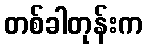
တစ်ခါတုန်းက